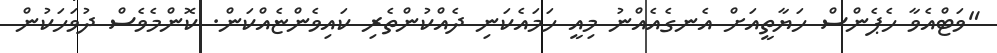
"ވަޓްއެވާ ހެޕެންސް ހަޔާތީއަށް އެނގެއެއްނު މިއީ ހަމައެކަނި ދެއްކުންތެރި ކައިވެންޏެއްކަން. ކޮންމެވެސް ދުވަހަކުން